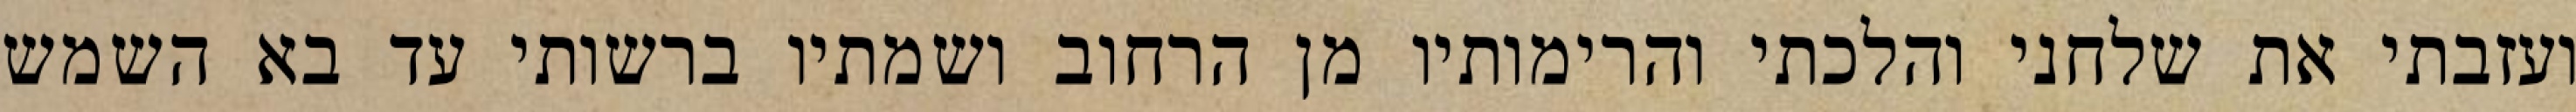
ועזבתי את שלחני והלכתי והרימותיו מן הרחוב ושמתיו ברשותי עד בא השמש